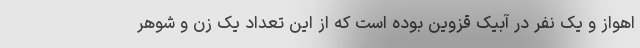
اهواز و یک نفر در آبیک قزوین بوده است که از این تعداد یک زن و شوهر